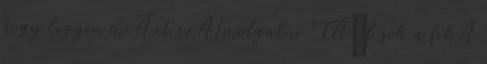
hogy legyen miÃ rt szÃ¡molgatni "TÃºl sok a fehÃ